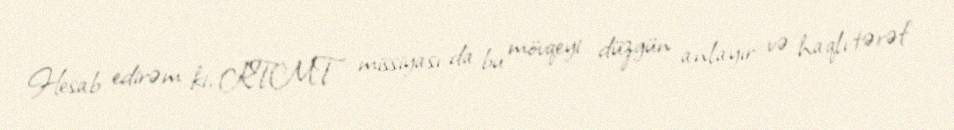
Hesab edirəm ki, KTMT missiyası da bu mövqeyi düzgün anlayır və haqlı tərəf